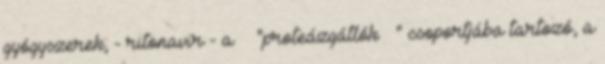
gyógyszerek; - ritonavir - a "proteázgátlók " csoportjába tartozó, a